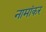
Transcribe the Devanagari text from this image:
नामांकर